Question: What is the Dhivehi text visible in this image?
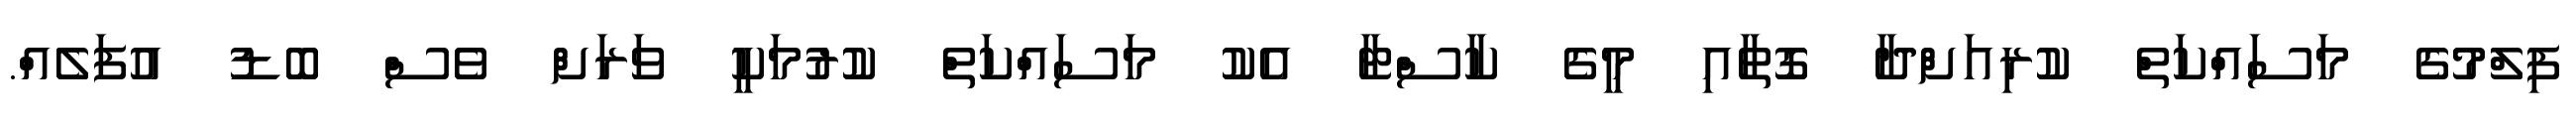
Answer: ފިލްމުގެ މަސައްކަތް ކުރިއަށްދާ ގޮތާއި މީގެ ކާސްޓާ އެކު މަސައްކަތް ކުރުމަކީ ވަރަށް ވެސް ބޮޑު އުފަލެއް.